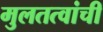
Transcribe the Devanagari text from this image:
मुलतत्वांची